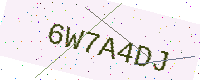
Text: 6W7A4DJ